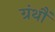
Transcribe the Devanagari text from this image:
ग्रंथौं